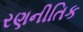
રણનીતિક